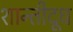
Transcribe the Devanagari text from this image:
शान्तीदूध